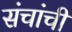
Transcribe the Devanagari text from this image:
संचांची